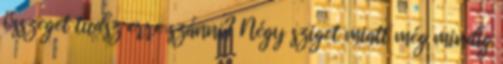
összeget tudsz erre szánni? Négy sziget miatt még mindig